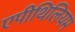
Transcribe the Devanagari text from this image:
एपीथिलियम